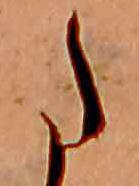
た